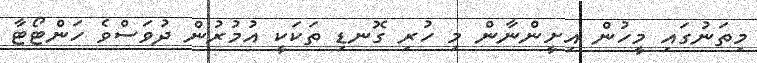
މިތަނުގައި މީހުން އިށީންނާން މި ހުރި ގޮނޑި ތަކަކީ އުމުރުން ދުވަސްވެ ހަންޓޯޓާ